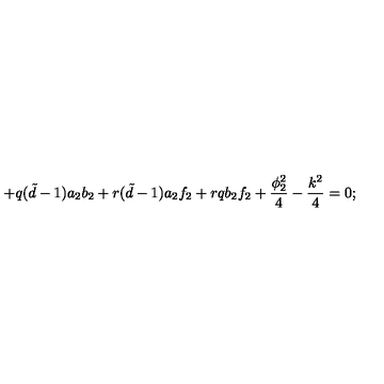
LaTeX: + q ( { \tilde { d } } - 1 ) a _ { 2 } b _ { 2 } + r ( { \tilde { d } } - 1 ) a _ { 2 } f _ { 2 } + r q b _ { 2 } f _ { 2 } + \frac { \phi _ { 2 } ^ { 2 } } { 4 } - \frac { k ^ { 2 } } { 4 } = 0 ;